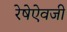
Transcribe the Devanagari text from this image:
रेषेऐवजी